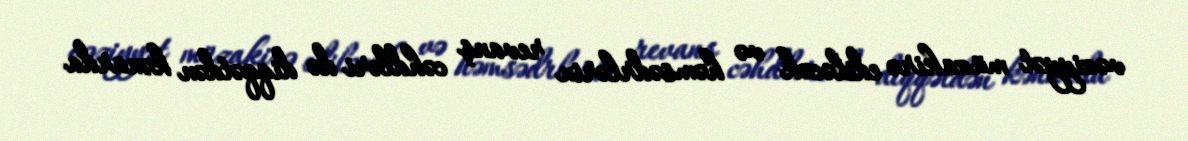
vəziyyət müzakirə ediləcək və həmsədrlərin revanş cəhdləri də diqqətdən kənarda